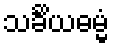
သင်္ခိယဓမ္မံ